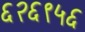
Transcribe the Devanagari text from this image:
६२६९५६